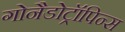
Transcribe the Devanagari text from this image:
गोनैडोट्रॉपिन्स